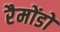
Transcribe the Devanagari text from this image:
रैमोंडो